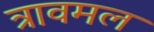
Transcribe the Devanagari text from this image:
त्रावमल